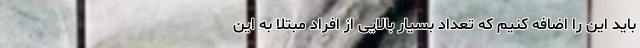
باید این را اضافه کنیم که تعداد بسیار بالایی از افراد مبتلا به این